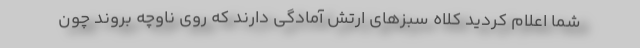
شما اعلام کردید کلاه سبزهای ارتش آمادگی دارند که روی ناوچه بروند چون